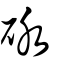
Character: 砅